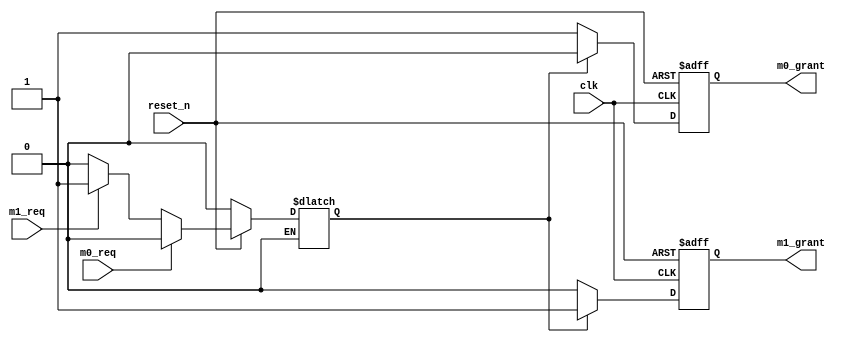
//arbiter for master requeset
module bus_arbit (m0_grant, m1_grant, clk, reset_n, m0_req, m1_req);
	input clk, reset_n, m0_req, m1_req;	//clock, active-low reset, master request
	output reg m0_grant, m1_grant;	//master grant signal
	
	reg s;	//selection signal
	
	//assign grant signal
	always @ (posedge clk or negedge reset_n)
	begin
		if (reset_n == 1'b0)
		begin
			m0_grant = 1'b1;
			m1_grant = 1'b0;
		end
		else //reset_n = 1
		begin
			if (s == 1'b0) //select m0
			begin
				m0_grant = 1'b1;
				m1_grant = 1'b0;
			end
			else	//select m1
			begin
				m0_grant = 1'b0;
				m1_grant = 1'b1;
			end
		end
	end
	
	//state transition
	always @ (m0_req, m1_req)
	begin
		if (reset_n == 1'b0) s = 0;
		else	//reset_n = 1
		begin
			if (m0_req == 1'b0)
			begin
				if (m1_req == 1'b1) s = 1;	//m1
				else s = 0;	//m0
			end
			else if (m0_req == 1'b1)	//m1
			begin
				if (m1_req == 1'b0)	s = 0;	//m1
				else s = 1'bx;	//error
			end
		end
	end
endmodule